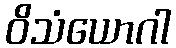
ဝိသံယောဂါ